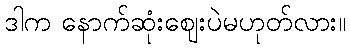
ဒါက နောက်ဆုံးဈေးပဲမဟုတ်လား။